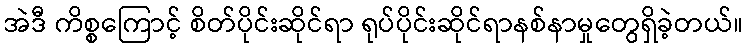
အဲဒီ ကိစ္စကြောင့် စိတ်ပိုင်းဆိုင်ရာ ရုပ်ပိုင်းဆိုင်ရာနစ်နာမှုတွေရှိခဲ့တယ်။